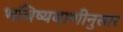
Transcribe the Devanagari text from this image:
भविष्यवाणीनुसार